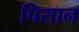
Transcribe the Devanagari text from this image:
पिसान